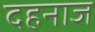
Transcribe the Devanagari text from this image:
दहनाज